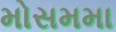
મોસમમા